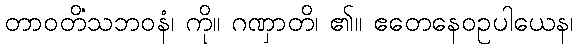
တာဝတိံသဘဝနံ၊ ကို။ ဂဏှာတိ၊ ၏။ ဧတေနေဝဥပါယေန၊